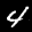
Label: 4